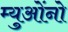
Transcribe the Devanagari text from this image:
म्युओंनो